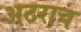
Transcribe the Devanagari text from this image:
अठराच